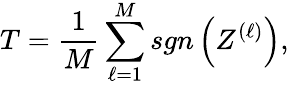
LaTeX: T=\frac{1}{M}\sum_{\ell=1}^{M}sgn\left(Z^{(\ell)}\right),